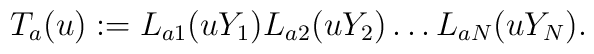
T_a(u) : = L_{a1}(uY_1)L_{a2}(uY_2)\dots L_{aN}(uY_N).